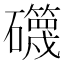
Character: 𥗥